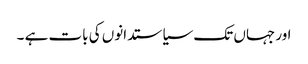
اور جہاں تک سیاستدانوں کی بات ہے ۔